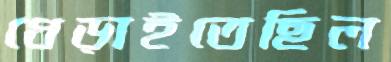
ধেড়াইতেছিল